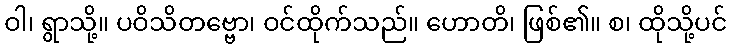
ဝါ၊ ရွာသို့။ ပဝိသိတဗ္ဗော၊ ဝင်ထိုက်သည်။ ဟောတိ၊ ဖြစ်၏။ စ၊ ထိုသို့ပင်